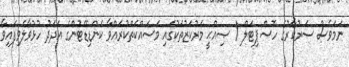
ނަމަވެސް ސަރުކާރުގެ ހޮސްޕިޓަލް / ޞިއްޙީ މަރުކަޒުތަކުގައި މަސައްކަތްކުރައްވާ ކެންޑިޑޭޓުންގެ އަދަދު ހުޅުވާލެވިފައިވާ